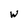
Character: W